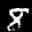
Label: 8